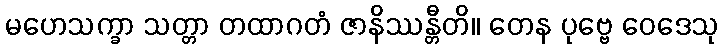
မဟေသက္ခာ သတ္တာ တထာဂတံ ဇာနိဿန္တီတိ။ တေန ပုဗ္ဗေ ဝေဒေသု